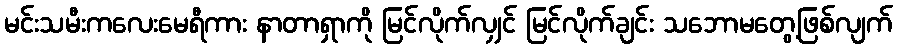
မင်းသမီးကလေးမေရီကား နာတာရှာကို မြင်လိုက်လျှင် မြင်လိုက်ချင်း သဘောမတွေ့ဖြစ်လျက်